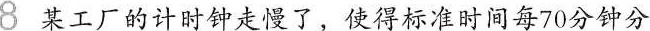
8 某工厂的计时钟走慢了，使得标准时间每70分钟分